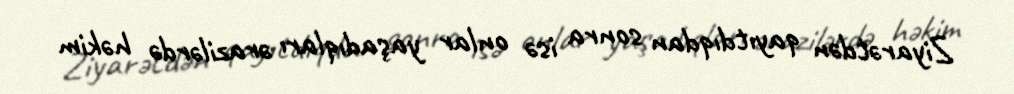
Ziyarətdən qayıtdıqdan sonra isə onlar yaşadıqları ərazilərdə həkim